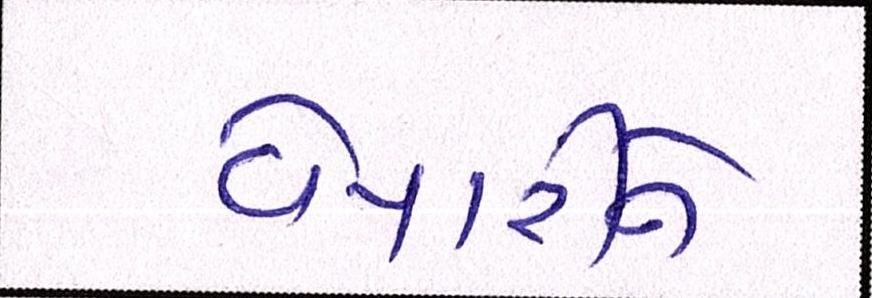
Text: વેપારીને